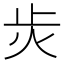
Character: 𭭝